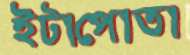
ইটাপোতা